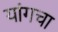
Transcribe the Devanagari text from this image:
यांगचा